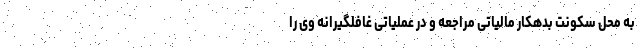
به محل سکونت بدهکار مالیاتی مراجعه و در عملیاتی غافلگیرانه وی را